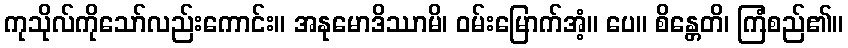
ကုသိုလ်ကိုသော်လည်းကောင်း။ အနုမောဒိဿာမိ၊ ဝမ်းမြောက်အံ့။ ပေ။ စိန္တေတိ၊ ကြံစည်၏။